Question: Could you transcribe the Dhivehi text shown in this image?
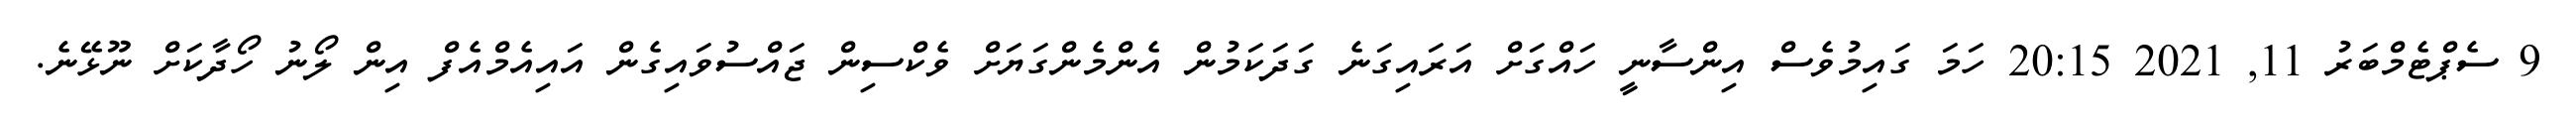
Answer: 9 ސެޕްޓެމްބަރު 11, 2021 20:15 ހަމަ ގައިމުވެސް އިންސާނީ ހައްގަށް އަރައިގަނެ ގަދަކަމުން އެންމެންގަޔަށް ވެކްސިން ޖައްސުވައިގެން އައިއެމްއެފް އިން ލޯނު ހޯދާކަށް ނޫޅޭނެ.